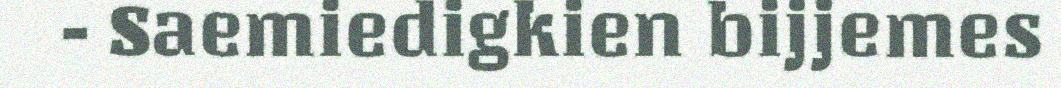
- Saemiedigkien bijjemes